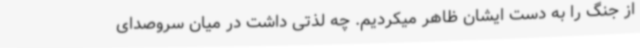
از جنگ را به دست ایشان ظاهر میکردیم. چه لذتی داشت در میان سروصدای